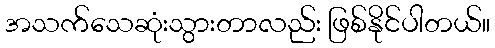
အသက်သေဆုံးသွားတာလည်း ဖြစ်နိုင်ပါတယ်။